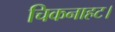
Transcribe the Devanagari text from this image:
चिकनाहट।